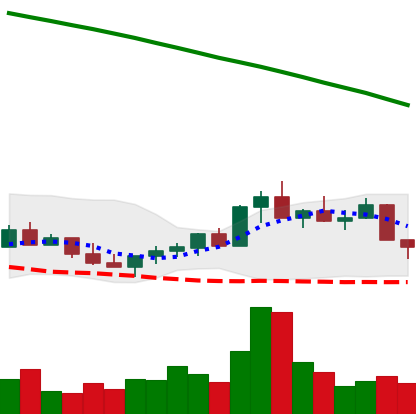
Ticker: LINK-USD
Chart end date: 2022-07-26
Forward return: 20.892%
Label: up_7plus